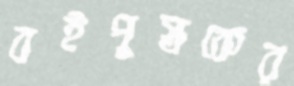
বইপুস্তকের